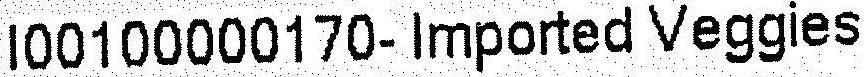
I00100000170- IMPORTED VEGGIES